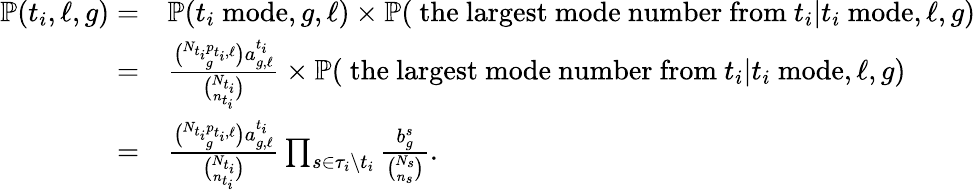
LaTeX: \begin{array}{rl}{\mathbb{P}(t_{i},\ell,g)=}&{\mathbb{P}(t_{i}\mathrm{~mode},g,\ell)\times\mathbb{P}(\mathrm{~the~largest~mode~number~from~}t_{i}|t_{i}\mathrm{~mode},\ell,g)}\\ {=}&{\frac{\binom{N_{t_{i}}p_{t_{i},\ell}}{g}a_{g,\ell}^{t_{i}}}{\binom{N_{t_{i}}}{n_{t_{i}}}}\times\mathbb{P}(\mathrm{~the~largest~mode~number~from~}t_{i}|t_{i}\mathrm{~mode},\ell,g)}\\ {=}&{\frac{\binom{N_{t_{i}}p_{t_{i},\ell}}{g}a_{g,\ell}^{t_{i}}}{\binom{N_{t_{i}}}{n_{t_{i}}}}\prod_{s\in\tau_{i}\setminus{t_{i}}}\frac{b_{g}^{s}}{\binom{N_{s}}{n_{s}}}.}\end{array}